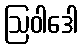
ဩဝါဒေါ